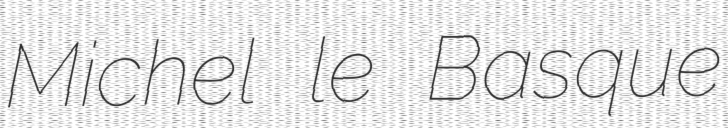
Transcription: Michel le Basque